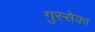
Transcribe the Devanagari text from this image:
गुस्सेका